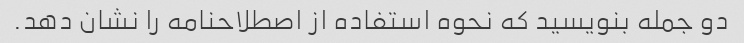
دو جمله بنویسید که نحوه استفاده از اصطلاحنامه را نشان دهد.